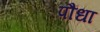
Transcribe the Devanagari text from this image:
पौंधा